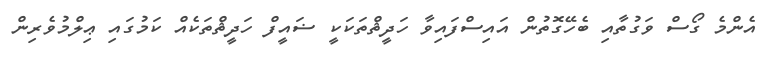
އެންމެ ގޯސް ވަގުތާއި ބެހޭގޮތުން އައިސްފައިވާ ހަދީޘްތަކަކީ ޟައީފް ހަދީޘްތަކެއް ކަމުގައި ޢިލްމުވެރިން